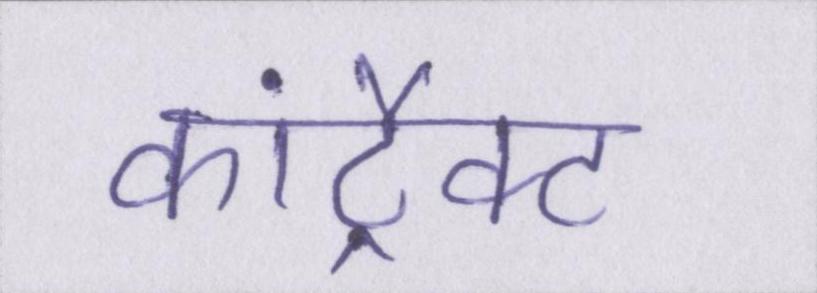
कांट्रैक्ट